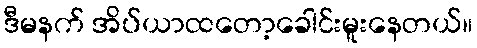
ဒီမနက် အိပ်ယာထတော့ခေါင်းမူးနေတယ်။